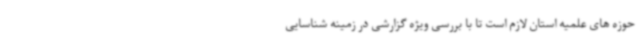
حوزه های علمیه استان لازم است تا با بررسی ویژه گزارشی در زمینه شناسایی